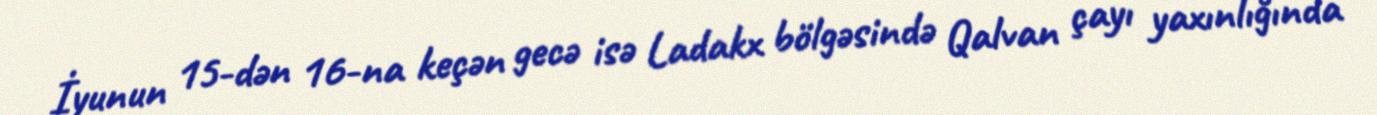
İyunun 15-dən 16-na keçən gecə isə Ladakx bölgəsində Qalvan çayı yaxınlığında